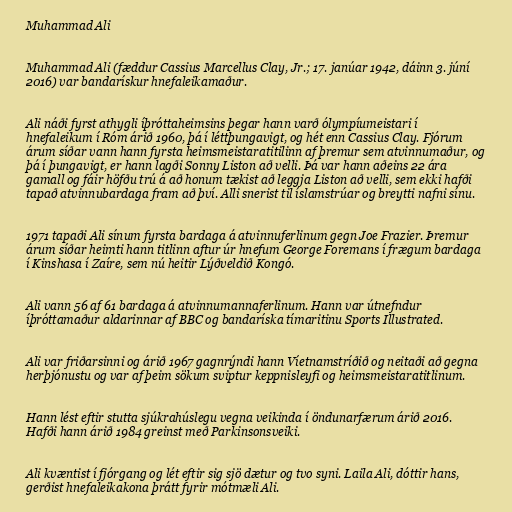
Muhammad Ali

Muhammad Ali (fæddur Cassius Marcellus Clay, Jr.; 17. janúar 1942, dáinn 3. júní
2016) var bandarískur hnefaleikamaður.

Ali náði fyrst athygli íþróttaheimsins þegar hann varð ólympíumeistari í
hnefaleikum í Róm árið 1960, þá í léttþungavigt, og hét enn Cassius Clay. Fjórum
árum síðar vann hann fyrsta heimsmeistaratitilinn af þremur sem atvinnumaður, og
þá í þungavigt, er hann lagði Sonny Liston að velli. Þá var hann aðeins 22 ára
gamall og fáir höfðu trú á að honum tækist að leggja Liston að velli, sem ekki hafði
tapað atvinnubardaga fram að því. Alli snerist til íslamstrúar og breytti nafni sínu.

1971 tapaði Ali sínum fyrsta bardaga á atvinnuferlinum gegn Joe Frazier. Þremur
árum síðar heimti hann titlinn aftur úr hnefum George Foremans í frægum bardaga
í Kinshasa í Zaíre, sem nú heitir Lýðveldið Kongó.

Ali vann 56 af 61 bardaga á atvinnumannaferlinum. Hann var útnefndur
íþróttamaður aldarinnar af BBC og bandaríska tímaritinu Sports Illustrated.

Ali var friðarsinni og árið 1967 gagnrýndi hann Víetnamstríðið og neitaði að gegna
herþjónustu og var af þeim sökum sviptur keppnisleyfi og heimsmeistaratitlinum.

Hann lést eftir stutta sjúkrahúslegu vegna veikinda í öndunarfærum árið 2016.
Hafði hann árið 1984 greinst með Parkinsonsveiki.

Ali kvæntist í fjórgang og lét eftir sig sjö dætur og tvo syni. Laila Ali, dóttir hans,
gerðist hnefaleikakona þrátt fyrir mótmæli Ali.